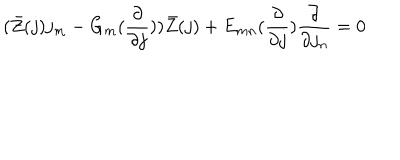
( \bar { Z } ( j ) j _ { m } - G _ { m } ( \frac { \partial } { \partial j } ) ) \bar { Z } ( j ) + E _ { m n } ( \frac { \partial } { \partial j } ) \frac { \partial } { \partial j _ { n } } = 0